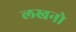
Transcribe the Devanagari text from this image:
लखनो